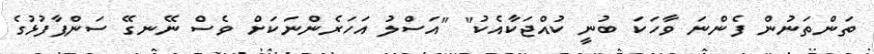
ތަންތަނުން ފެންނަ ވާހަކަ ބުނީ ކުއްޖަކާއެކު" "އަސްލު އަހަރެންނަކަށް ވެސް ނޭނގޭ ސަންޕާފުޅުގެ